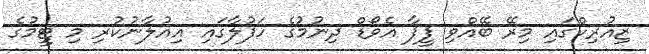
ޒިއުރިކްގައި މިރޭ ބޭއްވި ފީފާ އެވޯޑް ދިނުމުގެ ހަފުލާގައި އިއުލާނުކުރި މި ޓީމުގެ